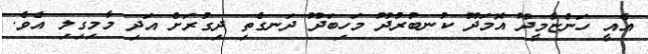
އެއީ ހަންޏާމީދޫ އޮމަދޫ ކުނބުރުދޫ މަހިބަދޫ ދަނގެތި ދިގުރަށް އަދި މާމިގިލި އެވެ.